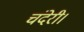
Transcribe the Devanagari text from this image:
चंदेरी।